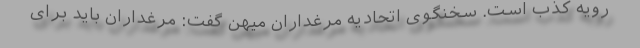
رویه کذب است. سخنگوی اتحادیه مرغداران میهن گفت: مرغداران باید برای